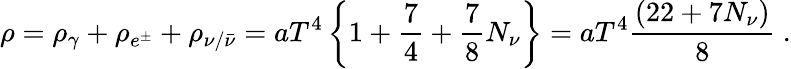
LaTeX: \rho=\rho_{\gamma}+\rho_{e^{\pm}}+\rho_{\nu/\bar{\nu}}=aT^{4}\left\{ 1+\frac{7}{4}+\frac{7}{8}N_{\nu}\right\} =aT^{4}\frac{(22+7N_{\nu})}{8}~.